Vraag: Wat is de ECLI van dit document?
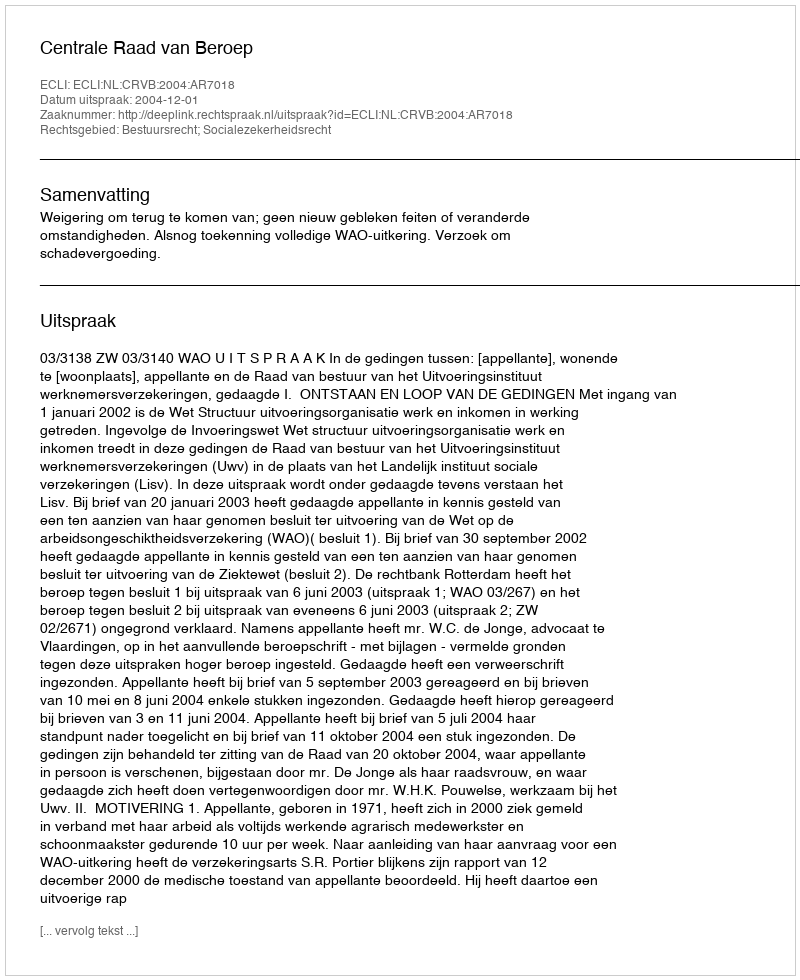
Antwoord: ECLI:NL:CRVB:2004:AR7018